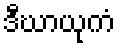
ဒီဃာယုကံ